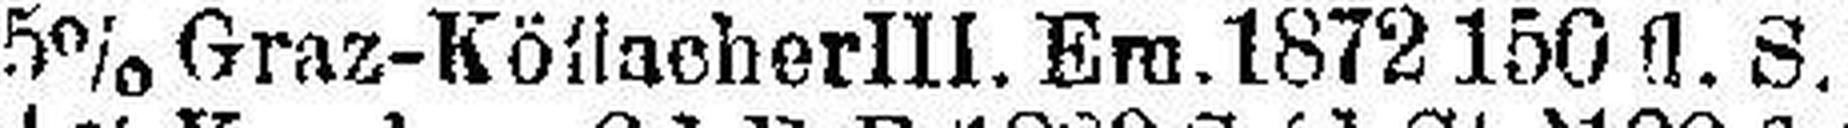
5% Graz-Köflacher III. Em. 1872 150 fl. S.